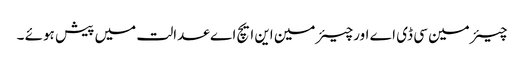
چیئرمین سی ڈی اے اورچیئرمین این ایچ اے عدالت میں پیش ہوئے ۔